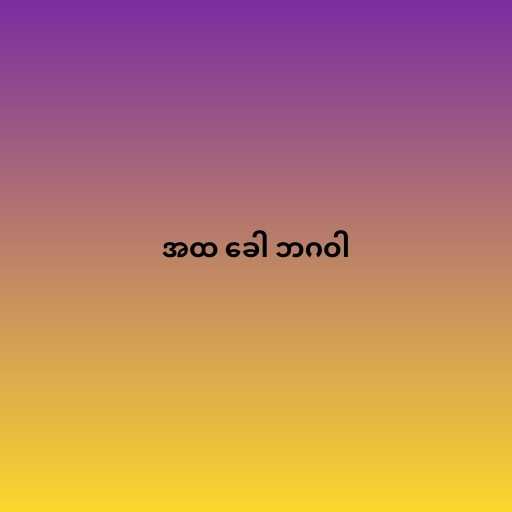
အထ ခေါ ဘဂဝါ